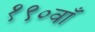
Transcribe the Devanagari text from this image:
१९०वाँ